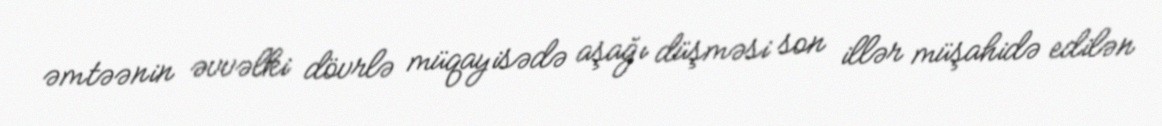
əmtəənin əvvəlki dövrlə müqayisədə aşağı düşməsi son illər müşahidə edilən